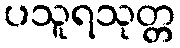
ပသူရသုတ္တ